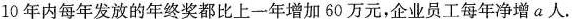
10年内每年发放的年终奖都比上一年增加60万元，企业员工每年净增a人。